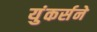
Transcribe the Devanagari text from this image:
युंकर्सने